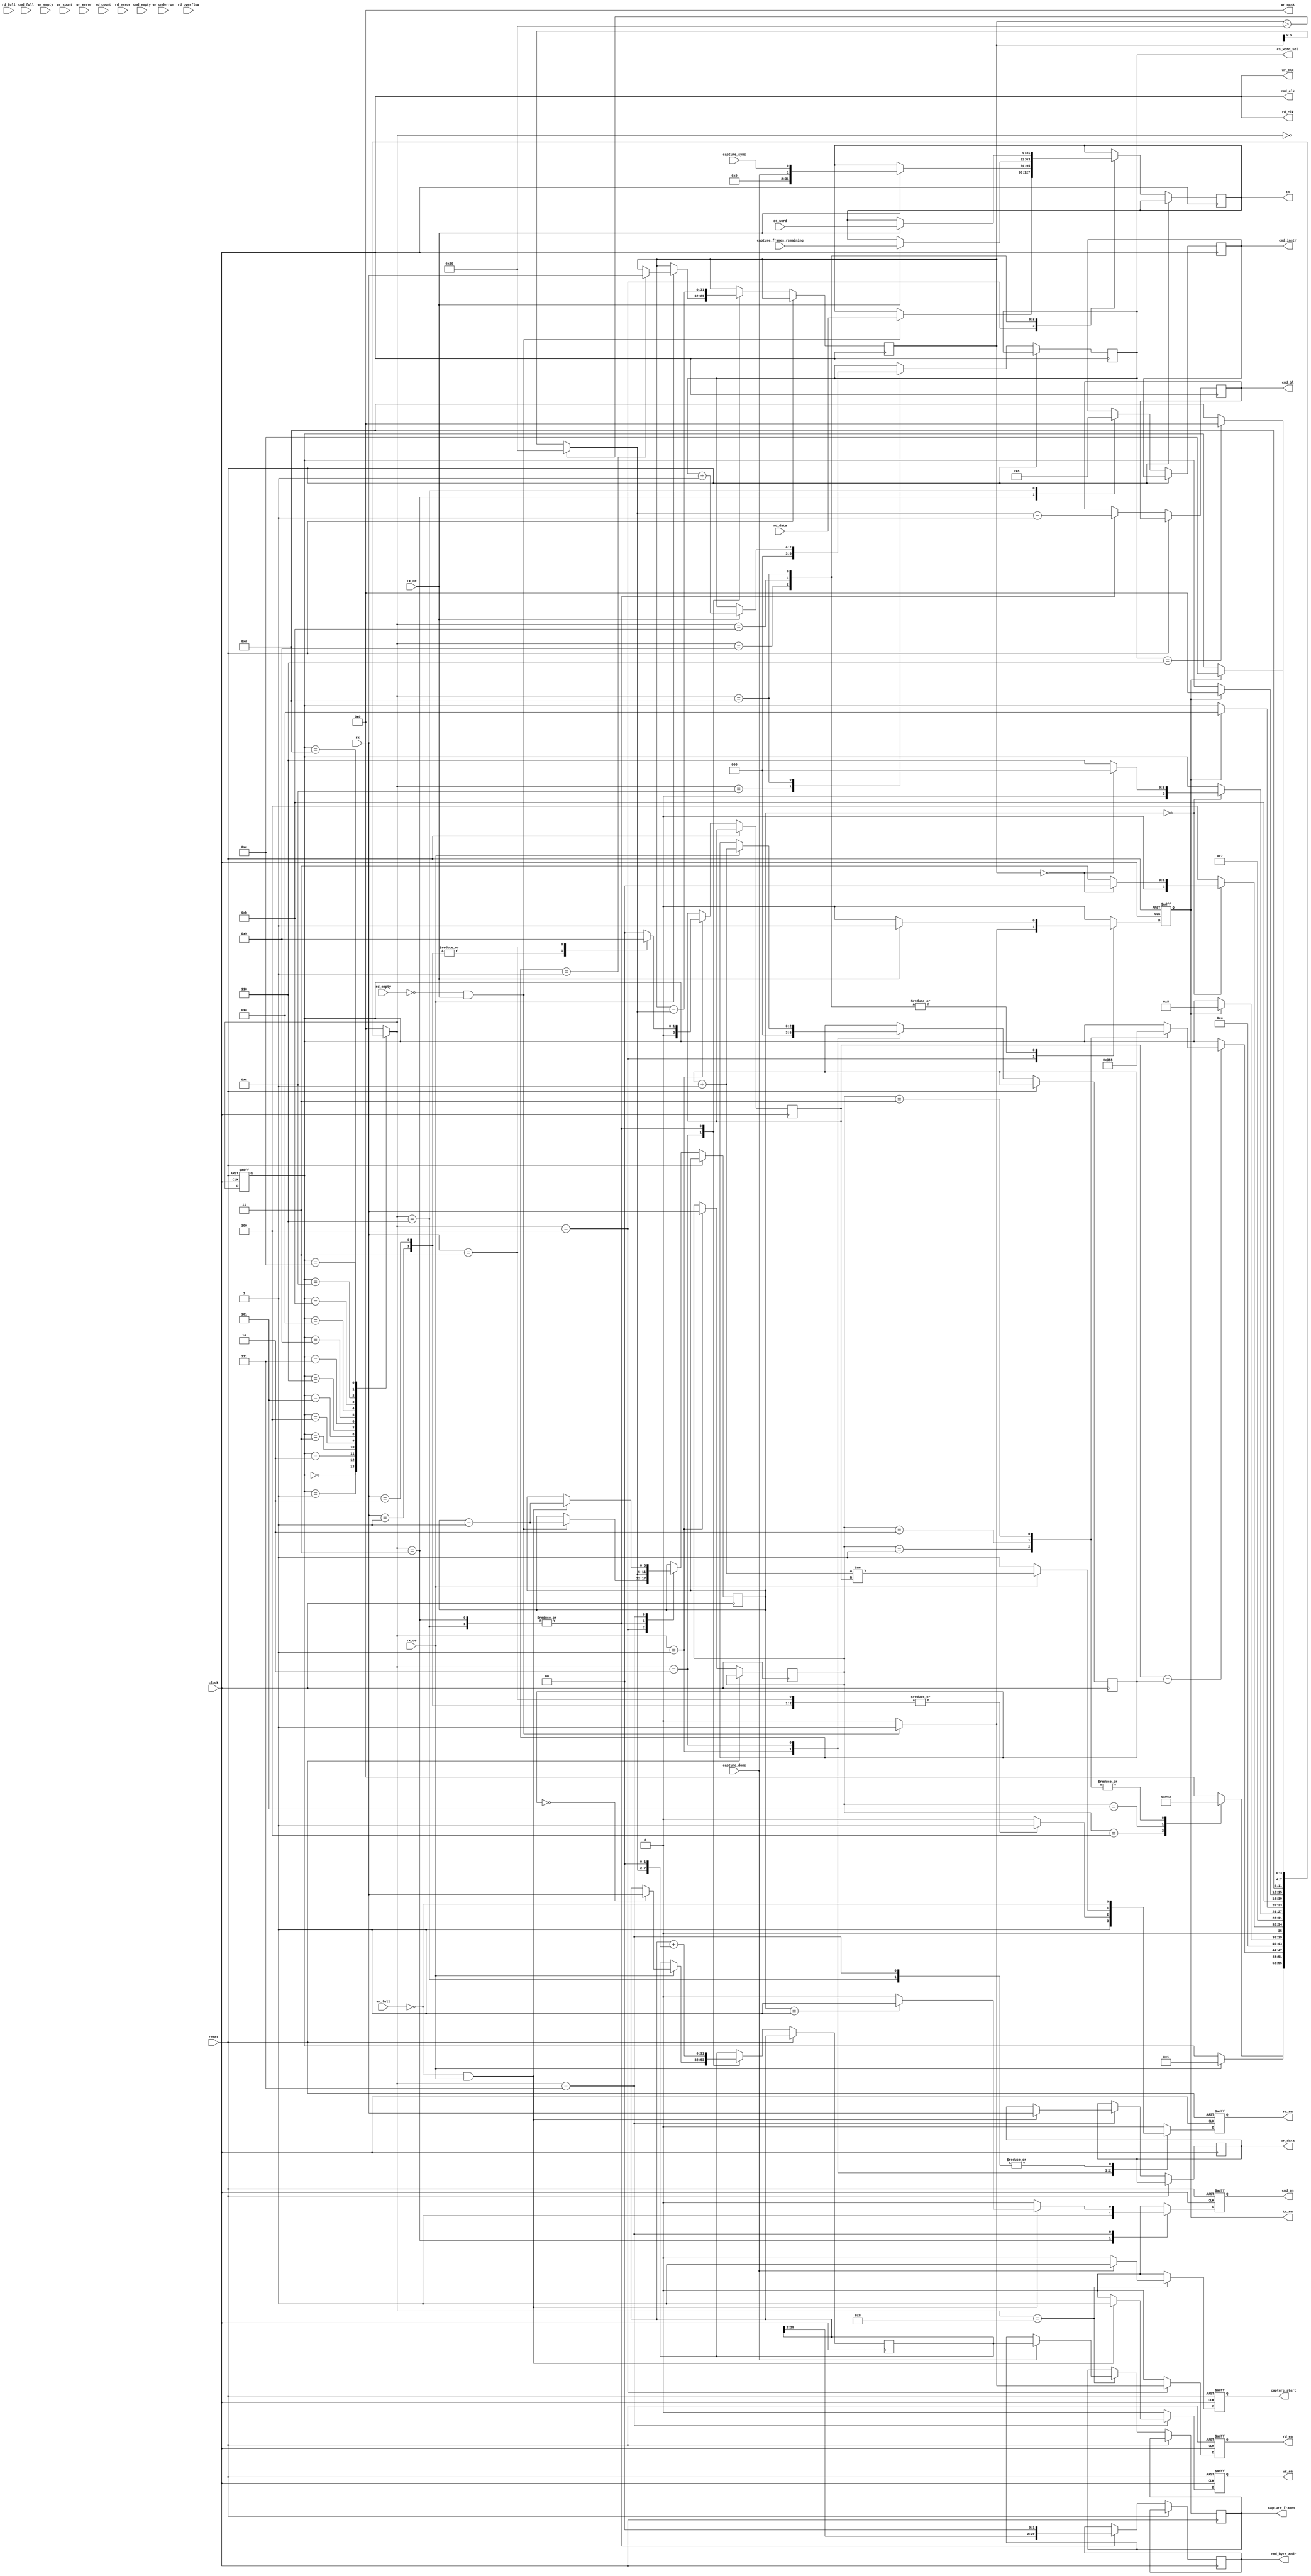
module command(input             clock,
	       input 		 reset,

	       // Capture interface
	       output reg [31:0] capture_frames,
	       output reg 	 capture_start,
	       input [31:0] 	 capture_frames_remaining,
	       input 		 capture_done,
	       input 		 capture_sync,

	       output reg [2:0]  cs_word_sel,
	       input [31:0] 	 cs_word,

	       // FTDI FIFO interface
	       output reg [31:0] tx,
	       output reg 	 tx_en,
	       input 		 tx_ce,

	       input [31:0] 	 rx,
	       output reg 	 rx_en,
	       input 		 rx_ce,

               // Memory interface
               output 		 cmd_clk,
               output reg 	 cmd_en,
               output reg [2:0]  cmd_instr,
               output reg [5:0]  cmd_bl,
               output reg [29:0] cmd_byte_addr,
               input 		 cmd_empty,
               input 		 cmd_full,

               output 		 wr_clk,
               output reg 	 wr_en,
               output [3:0] 	 wr_mask,
               output reg [31:0] wr_data,
               input 		 wr_full,
               input 		 wr_empty,
               input [6:0] 	 wr_count,
               input 		 wr_underrun,
               input 		 wr_error,

               output 		 rd_clk,
               output reg 	 rd_en,
               input [31:0] 	 rd_data,
               input 		 rd_full,
               input 		 rd_empty,
               input [6:0] 	 rd_count,
               input 		 rd_overflow,
               input 		 rd_error);

   assign cmd_clk = clock;
   assign wr_clk = clock;
   assign rd_clk = clock;
   assign wr_mask = 0;

   localparam CMD_NOP      = 31'd0;
   localparam CMD_READ     = 31'd1;
   localparam CMD_WRITE    = 31'd2;
   localparam CMD_CAPTURE  = 31'd3;
   localparam CMD_STATUS   = 31'd4;
   localparam CMD_CHSTATUS = 31'd5;

   localparam STATE_IDLE             = 4'b0000;
   localparam STATE_CMD              = 4'b0001;
   localparam STATE_ARGS             = 4'b0010;
   localparam STATE_READ             = 4'b0011;
   localparam STATE_READ_BURST       = 4'b0100;
   localparam STATE_READ_BURST_WAIT  = 4'b0101;
   localparam STATE_WRITE            = 4'b0110;
   localparam STATE_WRITE_BURST      = 4'b0111;
   localparam STATE_CAPTURE          = 4'b1000;
   localparam STATE_STATUS           = 4'b1001;
   localparam STATE_STATUS_2         = 4'b1010;
   localparam STATE_STATUS_3         = 4'b1011;
   localparam STATE_CHSTATUS         = 4'b1100;
   localparam STATE_CHSTATUS_2       = 4'b1101;
   localparam STATE_CHSTATUS_3       = 4'b1110;

   localparam MEM_WRITE    = 3'b000;
   localparam MEM_READ     = 3'b001;
   localparam MEM_WRITE_AP = 3'b010;
   localparam MEM_READ_AP  = 3'b011;
   localparam MEM_REFRESH  = 3'b100;

   reg [31:0] command;
   reg [31:0] args[0:7];

   reg [2:0]  nargs;
   reg [2:0]  argndx;

   reg [3:0]  state;
   reg [3:0]  next_state;

   initial state = STATE_IDLE;
   initial capture_start = 1'b0;

   always @(posedge clock or posedge reset) begin
      if (reset)
	state <= STATE_IDLE;
      else
	state <= next_state;
   end

   always @(*) begin
      next_state = state;

      case (state)
	STATE_IDLE:
	  if (rx_ce)
	    next_state = STATE_CMD;
	STATE_CMD:
	  // Handle commands with no args straight away
	  case (command)
	    CMD_NOP:
	      next_state = STATE_IDLE;
	    CMD_STATUS:
	      next_state = STATE_STATUS;
	    CMD_CHSTATUS:
	      next_state = STATE_CHSTATUS;
	    CMD_READ, CMD_WRITE, CMD_CAPTURE:
	      next_state = STATE_ARGS;
	    default:
	      next_state = STATE_IDLE;
	  endcase
	STATE_ARGS:
	  if (nargs == argndx) begin
	     case (command)
	       CMD_READ:
		 next_state = STATE_READ;
	       CMD_WRITE:
		 next_state = STATE_WRITE;
	       CMD_CAPTURE:
		 next_state = STATE_CAPTURE;
	     endcase // case (command)
	  end // if (nargs == argndx)
	STATE_READ:
	  next_state = STATE_READ_BURST;
	STATE_READ_BURST:
	  if (tx_en)
	    next_state = STATE_READ_BURST_WAIT;
	STATE_READ_BURST_WAIT:
	  if (burst_len == 0) begin
	     if (args[1] == 0)
	       next_state = STATE_IDLE;
	     else
	       next_state = STATE_READ;
	  end else begin
	     next_state = STATE_READ_BURST;
	  end
	STATE_WRITE:
	  next_state = STATE_WRITE_BURST;
	STATE_WRITE_BURST:
	  if (burst_len == 0) begin
	     if (args[1] == 0)
	       next_state = STATE_IDLE;
	     else
	       next_state = STATE_WRITE;
	  end
	STATE_STATUS:
	  if (tx_en)
	    next_state = STATE_STATUS_2;
	STATE_STATUS_2:
	  next_state = STATE_STATUS_3;
	STATE_STATUS_3:
	  if (tx_en)
	    next_state = STATE_IDLE;
	STATE_CHSTATUS:
	  next_state = STATE_CHSTATUS_2;
	STATE_CHSTATUS_2:
	  if (tx_en)
	    next_state = STATE_CHSTATUS_3;
	STATE_CHSTATUS_3:
	  if (cs_word_sel == 3'd6)
	    next_state = STATE_IDLE;
	  else
	    next_state = STATE_CHSTATUS_2;
	default:
	  next_state = STATE_IDLE;
      endcase // case (state)
   end

   wire [2:0] next_argndx = argndx + 1'b1;

   // Burst control
   wire [5:0] to_do = args[1] > 32 ? 32 : args[1];
   reg [5:0]  burst_len;

   always @(posedge clock or posedge reset) begin

      if (reset) begin
	 capture_start <= 1'b0;
	 tx_en <= 1'b0;
	 rx_en <= 1'b0;
	 rd_en <= 1'b0;
	 wr_en <= 1'b0;
	 cmd_en <= 1'b0;
	 capture_start <= 1'b0;
      end else begin
	 tx_en <= 1'b0;
	 rx_en <= 1'b0;
	 rd_en <= 1'b0;
	 wr_en <= 1'b0;
	 cmd_en <= 1'b0;
	 capture_start <= 1'b0;

	 case (next_state)
	   STATE_IDLE:
	     rx_en <= 1'b1;
	   STATE_CMD:
	     begin
		command <= rx;
		argndx <= 0;

		case (rx)
		  CMD_NOP:
		    nargs <= 0;
		  CMD_READ:
		    begin
		       nargs <= 2;
		       rx_en <= 1'b1;
		    end
		  CMD_WRITE:
		    begin
		       nargs <= 2;
		       rx_en <= 1'b1;
		    end
		  CMD_CAPTURE:
		    begin
		       nargs <= 1;
		       rx_en <= 1'b1;
		    end
		  default:
		    nargs <= 0;
		endcase // case (rx)
	     end // case: STATE_CMD
	   STATE_ARGS:
	     begin
		if (!rx_ce)
		  rx_en <= 1'b1;
		else begin
		   args[argndx] <= rx;
		   argndx <= next_argndx;
		   rx_en <= next_argndx != nargs;
		end
	     end // case: STATE_ARGS

	   // Command implementations
	   STATE_READ:
	     begin
		args[0] <= args[0] + { to_do, 2'b00 };
		args[1] <= args[1] - to_do;

		cmd_instr <= MEM_READ;
		cmd_byte_addr <= { args[0][29:2], 2'b00 };
		cmd_bl <= to_do - 1'b1;
		cmd_en <= 1'b1;

		burst_len <= to_do;
	     end

	   STATE_READ_BURST:
	     begin
		if (!rd_empty && tx_ce) begin
		   tx <= rd_data;
		   tx_en <= 1'b1;
		   rd_en <= 1'b1;
		   burst_len <= burst_len - 1'b1;
		end
	     end

	   STATE_READ_BURST_WAIT:
	     ;

	   STATE_WRITE:
	     begin
		args[0] <= args[0] + { to_do, 2'b00 };
		args[1] <= args[1] - to_do;

		cmd_instr <= MEM_WRITE;
		cmd_byte_addr <= { args[0][29:2], 2'b00 };
		cmd_bl <= to_do - 1'b1;

		burst_len <= to_do;

		rx_en <= !wr_full;
	     end

	   STATE_WRITE_BURST:
	     begin
		if (!wr_full && rx_ce) begin
		   wr_data <= rx;
		   wr_en <= 1'b1;
		   burst_len <= burst_len - 1'b1;

		   if (burst_len == 1)
		     cmd_en <= 1'b1;
		end

		rx_en <= !wr_full;
	     end // case: STATE_WRITE_BURST

	   STATE_CAPTURE:
	     begin
		if (capture_done) begin
		   capture_frames <= args[0];
		   capture_start <= 1'b1;
		end
	     end

	   // CMD_STATUS returns two words; the first contains flags, the
	   // second tells you how many frames remain
	   STATE_STATUS:
	     begin
		if (tx_ce) begin
		   tx <= { 30'b0, capture_done, capture_sync };
		   tx_en <= 1'b1;
		end
	     end
	   STATE_STATUS_2:
	     ;
	   STATE_STATUS_3:
	     begin
		if (tx_ce) begin
		   tx <= capture_frames_remaining;
		   tx_en <= 1'b1;
		end
	     end

	   STATE_CHSTATUS:
	     cs_word_sel <= 0;

	   STATE_CHSTATUS_2:
	     begin
		if (tx_ce) begin
		   tx <= cs_word;
		   tx_en <= 1'b1;
		   cs_word_sel <= cs_word_sel + 1'b1;
		end
	     end

	   STATE_CHSTATUS_3:
	     ;
	 endcase // case (next_state)
      end
   end

endmodule